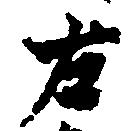
左